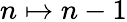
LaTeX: n\mapsto n-1